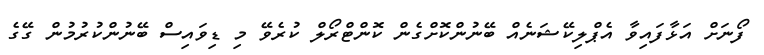
ފޯނަށް އަޅާފައިވާ އެޕްލިކޭޝަނެއް ބޭނުންކޮށްގެން ކޮންޓްރޯލް ކުރެވޭ މި ޑިވައިސް ބޭނުންކުރުމުން ގޭގެ